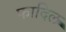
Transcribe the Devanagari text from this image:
फादिल